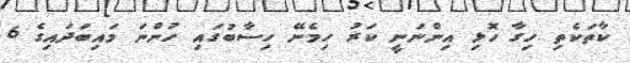
ކާތަކެތި ހިގާ ހޮޅި އިންނަނީ ކަރު ހިމެނޭ ހިސާބުގައި ހުންނަ މައިބަދައިގެ 6